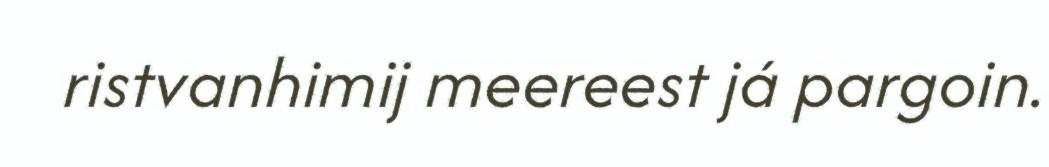
ristvanhimij meereest já pargoin.